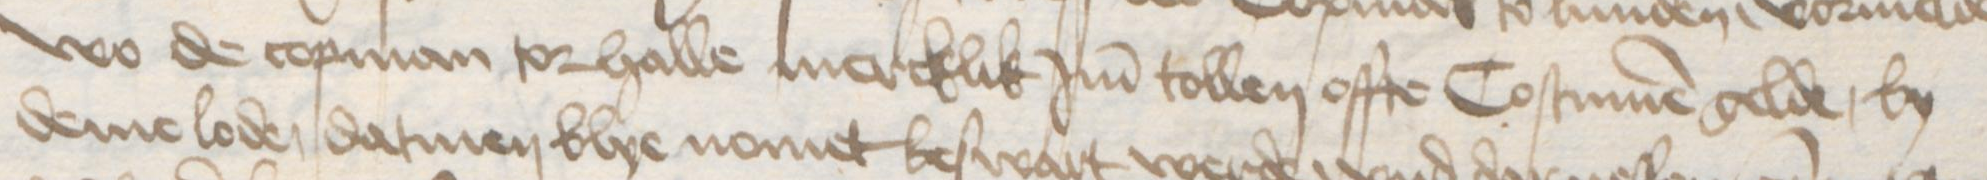
wo de copman tor halle mercklik Jm tollen offte Costumen gelde, by